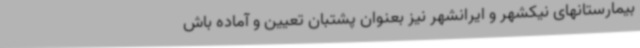
بیمارستانهای نیکشهر و ایرانشهر نیز بعنوان پشتبان تعیین و آماده باش